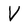
Character: V